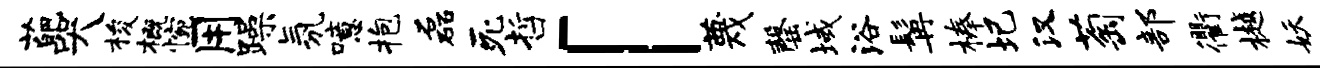
葩哭梭概惋用躁氛噫抱磊死哲「蔑罄域浴髯榛圯汉萄部衢樾妖